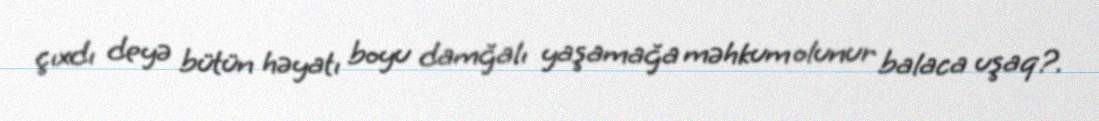
çıxdı deyə bütün həyatı boyu damğalı yaşamağa məhkum olunur balaca uşaq?.